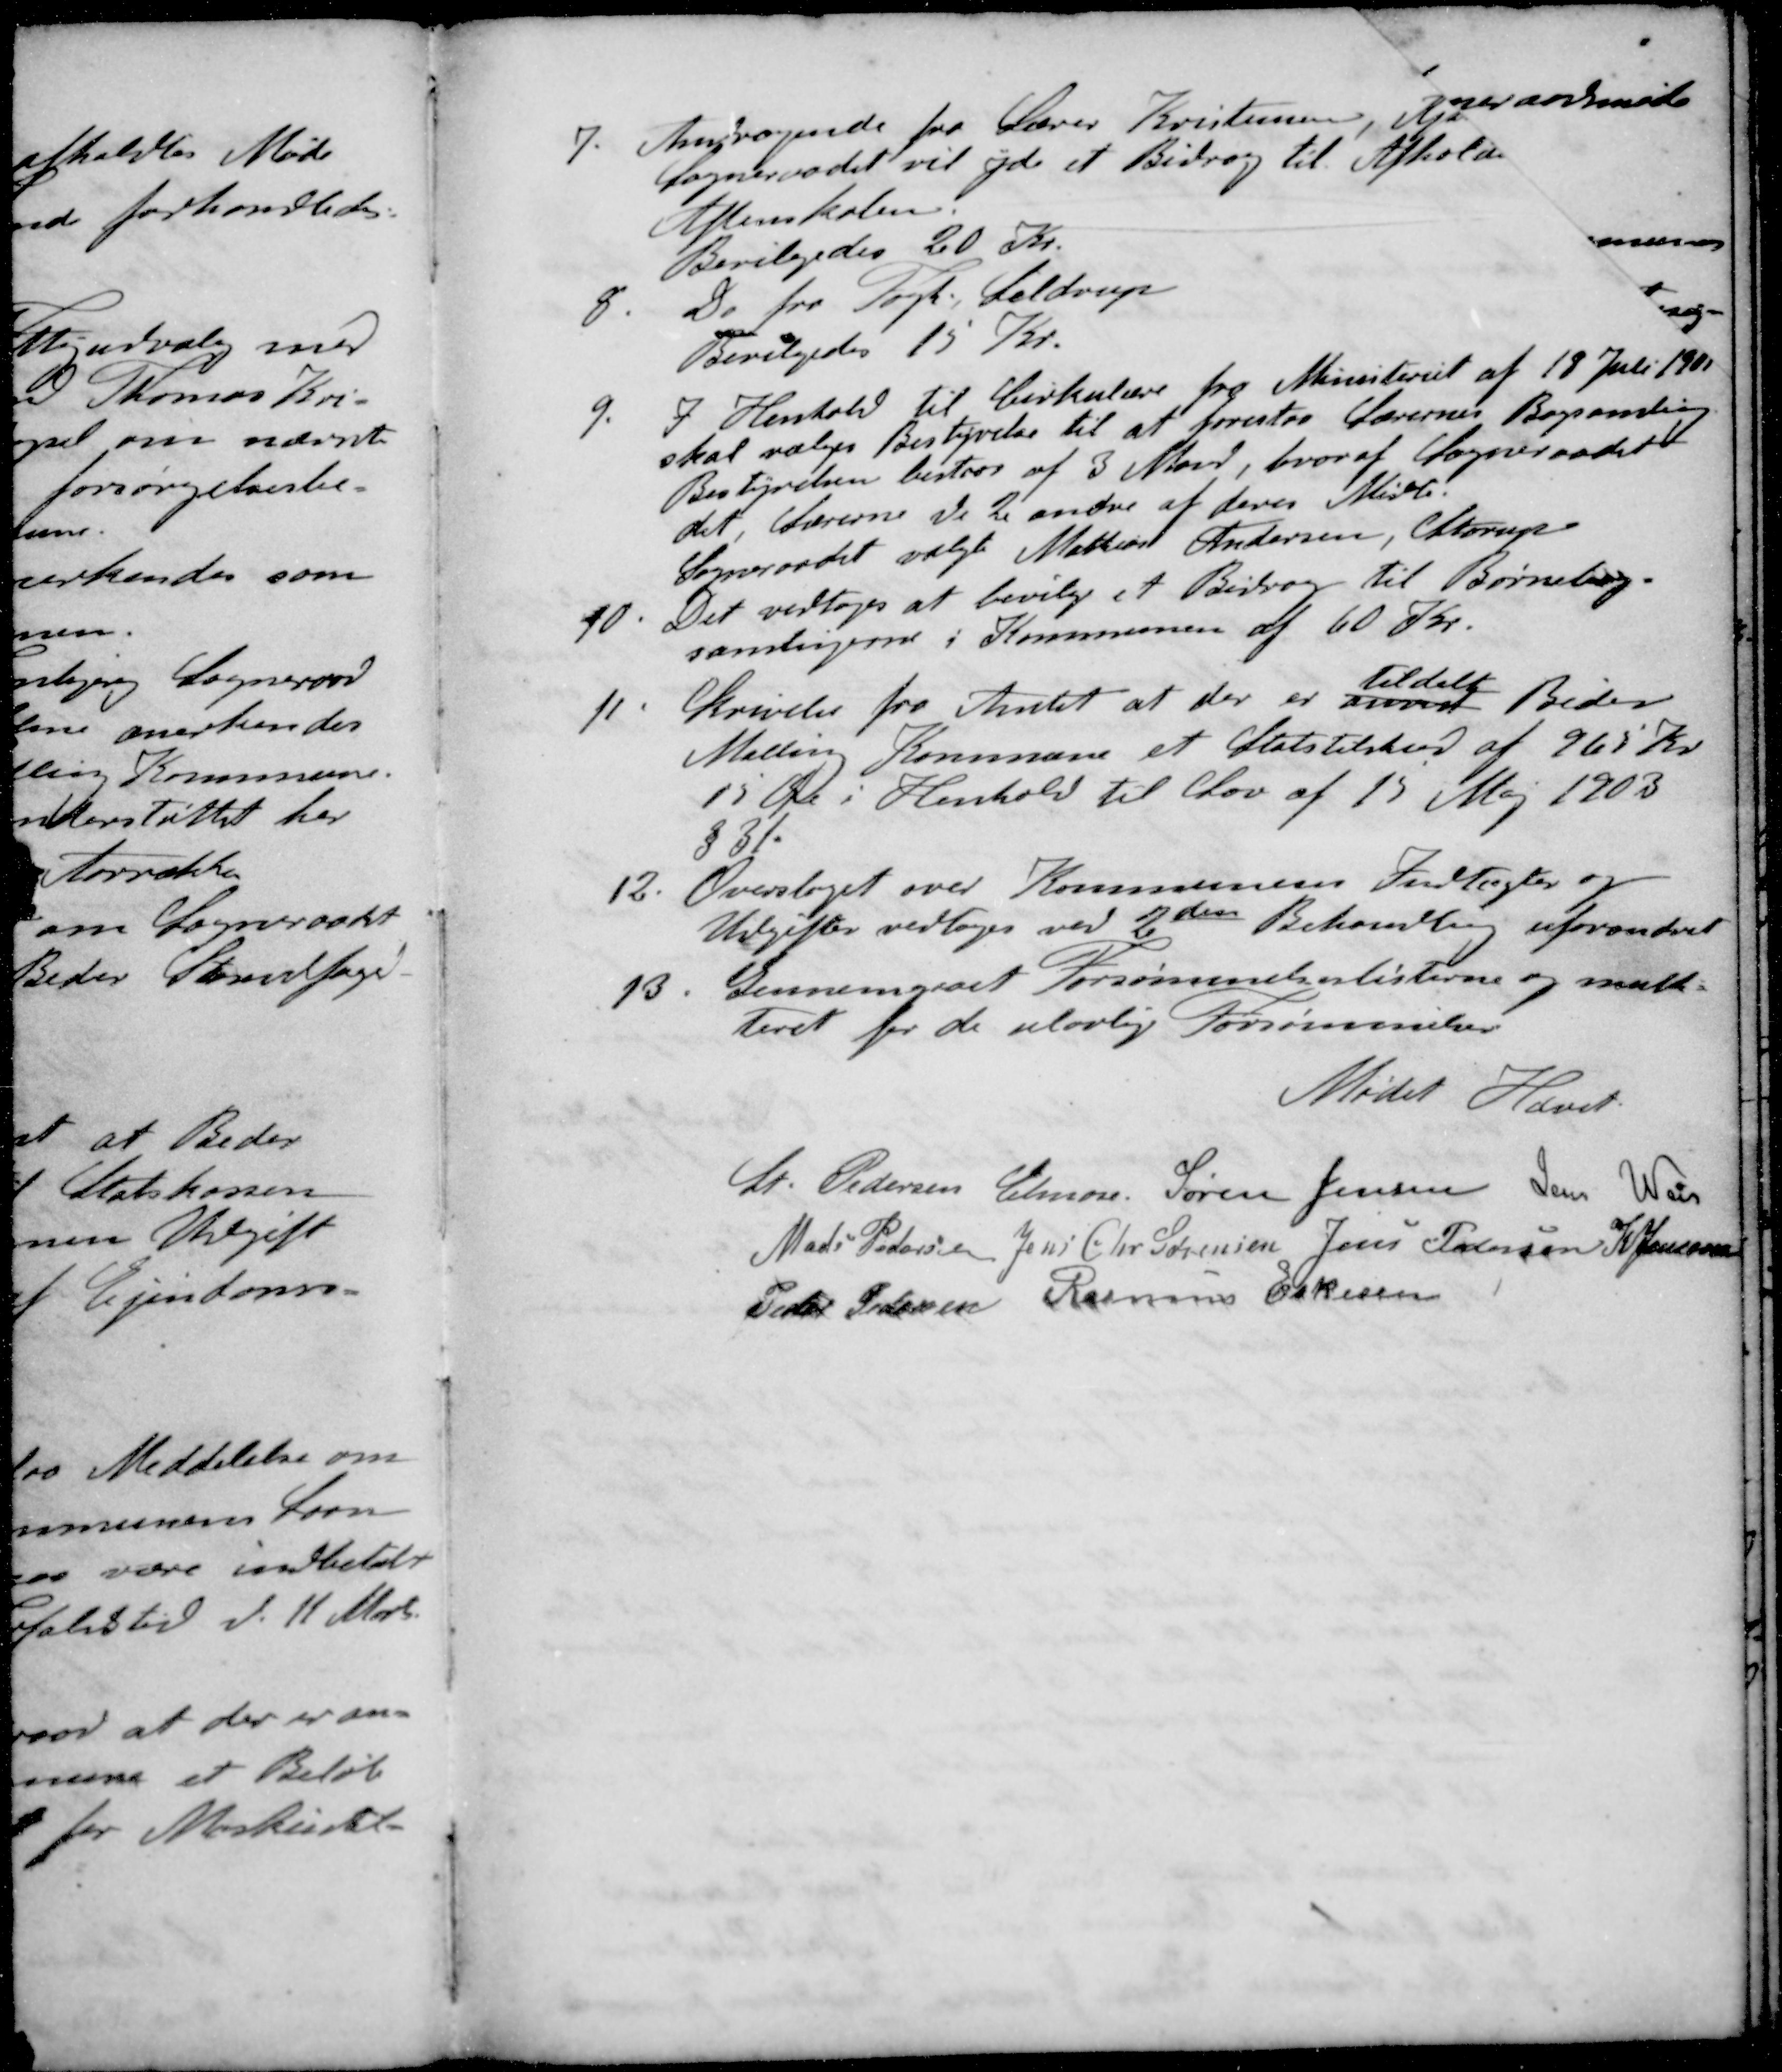
Transskription:
7. Andragende fra Lærer Kristensen, Ajs
Sogneraadet vil yde et Bidrag til Afholde
Aftenskolen.
Bevilgedes 20 Kr.
8. Do fra Fogh Seldrup
Bevilgedes 15 Kr.
9. I Henhold til Cirkulære fra Ministeriet af 18 Juli 1801
skal vælges Bestyrelse til at forestaa Lærernes Bogsamling
Bestyrelsen bestaar af 3 Mand, hvoraf Sogneraadet
det, lærerne de 2 andre at deres Midte.
Sogneraadet valgte Mathias Andersen, Starup
10. Det vedtoges at bevilge et Bidrag til Børnebog-
samlingerne i Kommunen af 60 Kr.
tildelt
11. Skrivelse fra Amtet at der er anvist Beder
Malling Kommune et Statstilskud af 965 Kr.
15 Øre i Henhold til Lov af 15 Maj 1903
§31
12. Overslaget over Kommunens Indtægter og
Udgifter vedtoges ved 2den Behandling uforandret
13. Gennemgaaet Forsømmelseslisterne og mulk-
teret for de ulovlige Forsømmelser
Mødet Hævet.
St Pedersen Elmose
Søren Jensen
Jens Weis
Mads Pedersen
Jens Chr Sørensen
Jens Pedersen
K Jensen
Peder Pedersen
Rasmus Eskesen